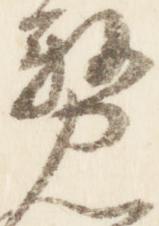
務